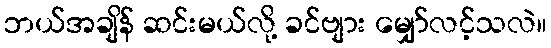
ဘယ်အချိန် ဆင်းမယ်လို့ ခင်ဗျား မျှော်လင့်သလဲ။